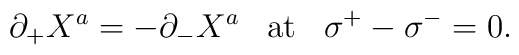
\partial_+ X^a = -\partial_- X^a \;\;\; \mbox{at}\;\;\; \sigma^+-\sigma^- = 0.